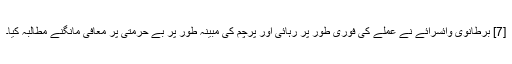
[7] برطانوی وائسرائے نے عملے کی فوری طور پر رہائی اور پرچم کی مبینہ طور پر بے حرمتی پر معافی مانگنے مطالبہ کیا۔